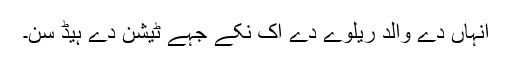
انہاں دے والد ریلوے دے اک نکے جہے ٹیشن دے ہیڈ سن۔